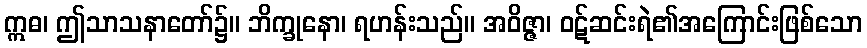
ဣဓ၊ ဤသာသနာတော်၌။ ဘိက္ခုနော၊ ရဟန်းသည်။ အဝိဇ္ဇာ၊ ဝဋ်ဆင်းရဲ၏အကြောင်းဖြစ်သော